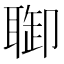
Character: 𦖐